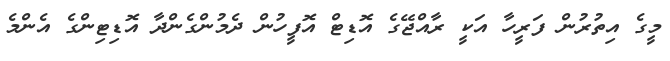
މީގެ އިތުރުން ފަރީހާ އަކީ ރާއްޖޭގެ އޮޑިޓް އޮފީހުން ދެމުންގެންދާ އޮޑިޓިންގެ އެންމެ